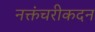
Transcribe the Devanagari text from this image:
नक्तंचरीकदन